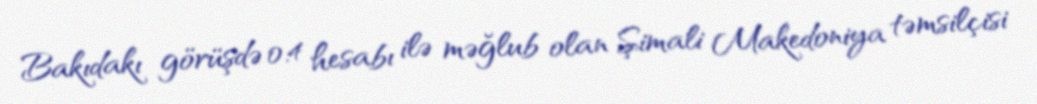
Bakıdakı görüşdə 0:4 hesabı ilə məğlub olan Şimali Makedoniya təmsilçisi